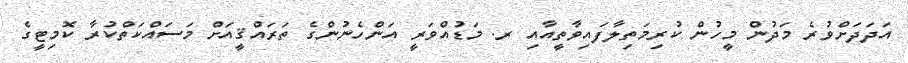
އަދަދަށްވުރެ މަދުން މީހުން ކުރިމަތިލާފައިވާތީއާއި ރ. މަޑުއްވަރީ އަންހެނުންގެ ތަރައްޤީއަށް މަސައްކަތްކުރާ ކޮމިޓީގެ